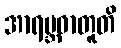
အာရဗ္ဘဓာတူတိ